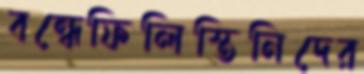
বন্ধেফিলিস্তিনিদের